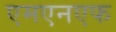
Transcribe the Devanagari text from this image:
एमएनएफ